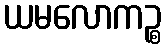
ယမလောကဉ္စ